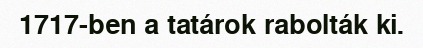
1717-ben a tatárok rabolták ki.